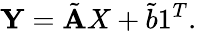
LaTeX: \mathbf{Y}=\tilde{\mathbf{A}}X+\tilde{b}1^{T}.